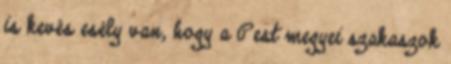
is kevés esély van, hogy a Pest megyei szakaszok